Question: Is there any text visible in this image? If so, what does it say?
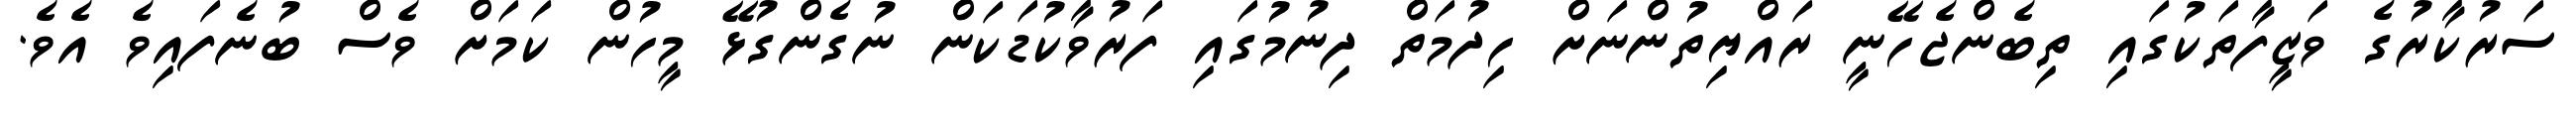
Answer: ސަރުކާރުގެ ވަޒީފާތަކުގައި ތިބެންޖެހޭނީ ރައްޔިތުންނަށް ހިދުމަތް ދިނުމުގައި ފަރުވާކުޑަކަން ނުގެންގުޅޭ މީހުން ކަމަށް ވެސް ބުނެފައިވެ އެވެ.